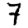
Digit: 7